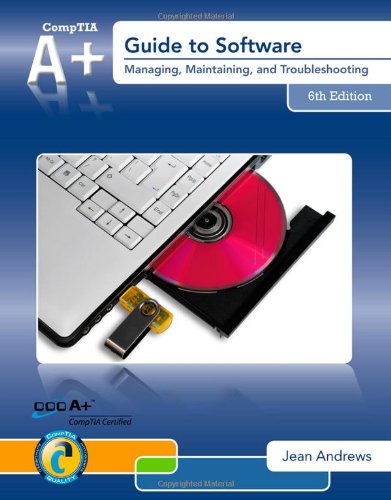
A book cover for A+ Guide to Software; Jean Andrews; Computers & Technology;